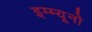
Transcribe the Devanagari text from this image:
इम्म्यूनो